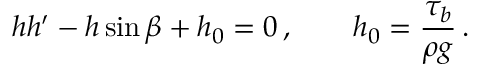
h h ^ { \prime } - h \sin \beta + h _ { 0 } = 0 \, , \quad \quad h _ { 0 } = \frac { \tau _ { b } } { \rho g } \, .